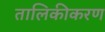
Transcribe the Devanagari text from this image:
तालिकीकरण